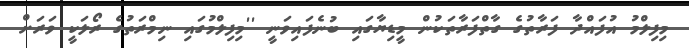
މިފިލްމު އުފައްދާ ފަރާތުގެ ގާތްފަރާތަކުން މީޑިޔާގައި ބުނެފައިވަނީ ''މިފިލްމުގައި ނިމްރަތުގެ ރޯލަކީ ވަރަށް